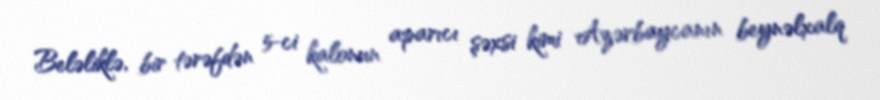
Beləliklə, bir tərəfdən 5-ci kalonun aparıcı şəxsi kimi Azərbaycanın beynəlxalq